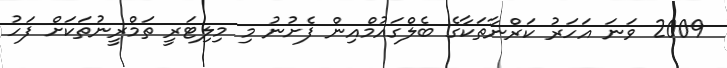
2009 ވަނަ އަހަރު ކަރްނާތަކާގެ ބެލްގައުމްއިން ފެށުނު މި މިލިޓަރީ ތަމްރީނުތަކަށް ފަހު